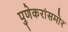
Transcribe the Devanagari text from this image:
पुणेकरांसमोर